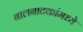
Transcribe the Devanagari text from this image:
बालनाटकांमध्ये